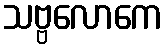
သဗ္ဗလောကေ